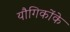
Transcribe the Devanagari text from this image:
यौगिकोंके